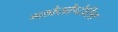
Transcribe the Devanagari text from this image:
ग्लोसोप्टेरिस